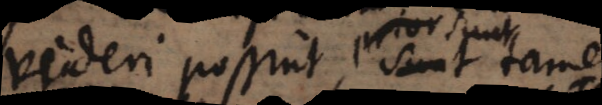
videri possint, sunt tamen,